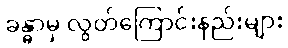
ခန္ဓာမှ လွတ်ကြောင်းနည်းများ